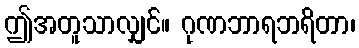
ဤအတူသာလျှင်။ ဂုဏဘာရဘရိတာ၊